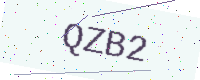
Text: QZB2